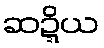
ဆဍ္ဍိယ